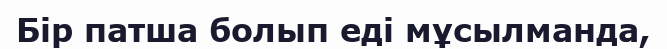
Бір патша болып еді мұсылманда,